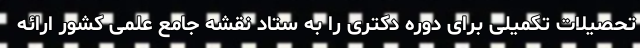
تحصیلات تکمیلی برای دوره دکتری را به ستاد نقشه جامع علمی کشور ارائه